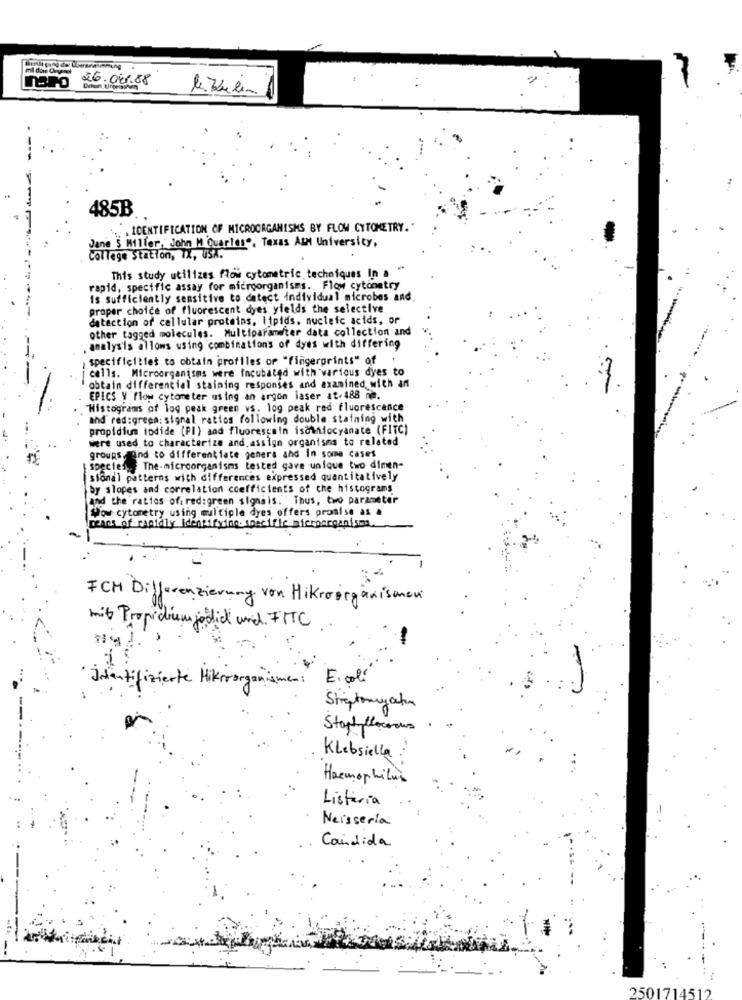
naro 26. 04.88
le. Zudem
485B
.. . IDENTIFICATION OF MICROORGANISMS BY FLOW CYTOMETRY."
Jane 5 Miller, John M Quarles", Texas A&M University,
College Station, TX, UST.
This study utilizes flow cytometric techniques In a
rapid, specific assay for microorganisms. Flow cytometry
is sufficiently sensitive to detect individual microbes and
proper choice of fluorescent dyes yields the selective
detection of cellular proteins, lipids. nucleic acids, or
other tagged molecules. Multiparameter data collection and
analysis allows using combinations of dyes with differing
specificities to obtain profiles of "fingerprints" of
cells. Microorganisms were Incubated with various dyes to
obtain differential staining responses and examined with an
EPICS Y flow cytometer using an argon laser at.488 mm.
Histograms of log peak green vs. log peak red fluorescence
and red:greca: signal ratios following double staining with
propidium todide (Pl) and fluorescein isowniocyanate (FITC)
were used to characterize and assign organisms to related
groups, and to differentiate genera and in some cases
species The microorganisms tested gave unique two dimen-
sianal patterns with differences expressed quantitatively
by slopes and correlation coefficients of che histograms
And the ratios of: red:green signals. Thus, two parameter
Wow cytometry using multiple dyes offers promise as &
means of rapidly Identifying specific microorganisms.
ICH Differenzierung von Mikroorganismen
mit Propidium jodick und. FTTC
Identifizierte Hikerorganisme
E. coli
Streptomy ation
Staphylocoous
Klebsiella
Haemophilus
Listeria
Neisseria
Candida
2501714512